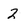
Character: 2